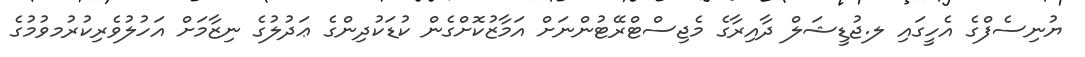
ޔުނިސެފްގެ އެހީގައި ލ.ޖުޑީޝަލް ދާއިރާގެ މެޖިސްޓްރޭޓުންނަށް އަމާޒުކޮށްގެން ކުޑަކުދިންގެ ޢަދުލުގެ ނިޒާމަށް އަހުލުވެރިކުރުމވުމުގެ